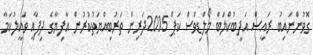
ގޮވުންނައިބު ރައީސް އަދީބުކްލަބް މޯލްޑިވްސް ކަޕް 2015ދަރިން ތަރުބިއްޔަތުކުރުން އާފިޔާގެ ދިފާއީ ވަކީލުކަމާ